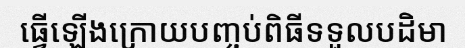
ធ្វើឡើងក្រោយបញ្ចប់ពិធីទទួលបដិមា